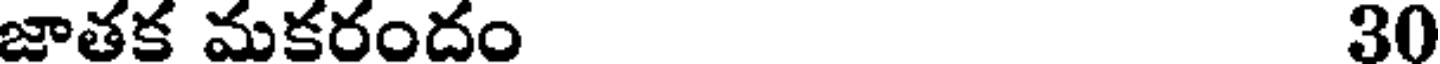
జాతక మకరందం 30